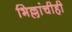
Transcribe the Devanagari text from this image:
भिल्लांचीही